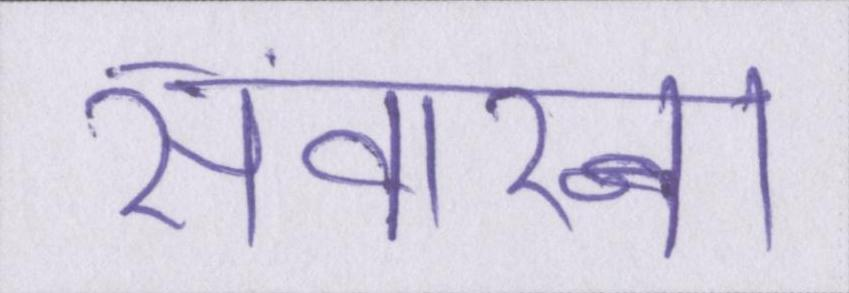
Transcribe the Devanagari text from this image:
संवारना